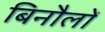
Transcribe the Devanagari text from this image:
बिनौलों